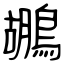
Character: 鶘